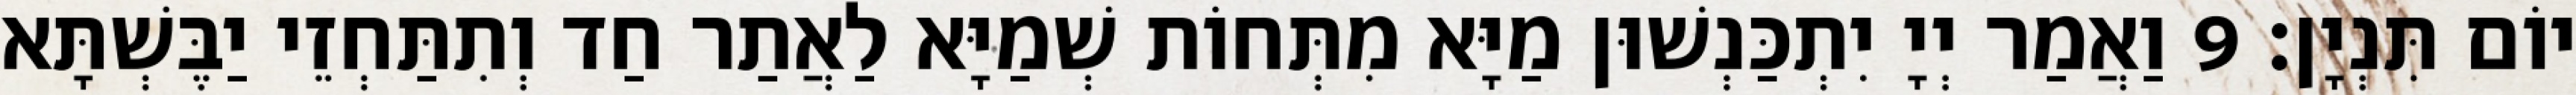
יוֹם תִּנְיָן׃ 9 וַאֲמַר יְיָ יִתְכַּנְשׁוּן מַיָּא מִתְּחוֹת שְׁמַיָּא לַאֲתַר חַד וְתִתַּחְזֵי יַבֶּשְׁתָּא